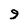
Character: 9